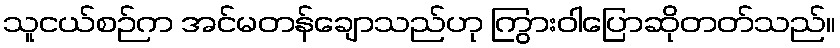
သူငယ်စဉ်က အင်မတန်ချောသည်ဟု ကြွားဝါပြောဆိုတတ်သည်။